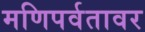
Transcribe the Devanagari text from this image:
मणिपर्वतावर